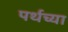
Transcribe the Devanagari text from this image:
पर्थच्या